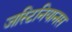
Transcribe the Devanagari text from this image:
जस्टिनियानस